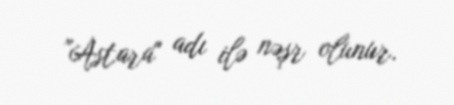
"Astara" adı ilə nəşr olunur.